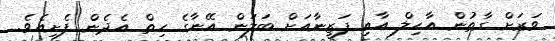
ވަރަށް ގާތުން އާހިލް އާއި ފަޒީނާއަށް ބަލަން އޭނާގެ ހިތް އެދެން ފެށިއެވެ.